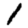
Digit: 1